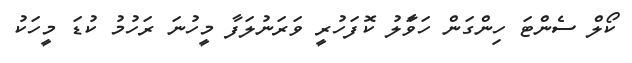
ކޯލް ސެންޓަ ހިންގަން ހަވަާލު ކޮފަހުރީ ވަރަނުލަފާ މީހުނަ ރަހުމު ކުޑަ މީހަކު